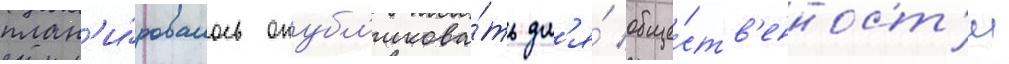
план'и́ровалось опубл'икова́ть дл'я́ обще́ств'енност'и